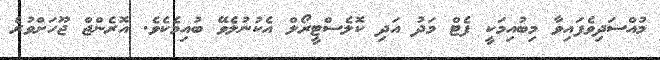
މުއްސަދިވެފައިވާ މިބުއިމަކީ ފެޓް މަދު އަދި ކޮލެސްޓީރޯލް އެކުނުލެވޭ ބުއިމެކެވެ. އޮރެންޖް ޖޫހަށްވުރެ